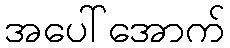
အပေါ်အောက်